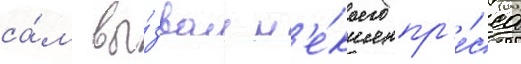
са́м вы́звал н'е́коего пр'е́сса